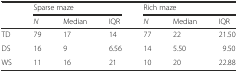
| <ROWSPAN=2>  | <COLSPAN=3> Sparse maze | <COLSPAN=3> Rich maze |
 | N | Median | IQR | N | Median | IQR |
 | --- | --- | --- | --- | --- | --- | --- |
 | TD | 79 | 17 | 14 | 77 | 22 | 21.50 |
 | DS | 16 | 9 | 6.56 | 14 | 5.50 | 9.50 |
 | WS | 11 | 16 | 21 | 10 | 20 | 22.88 |